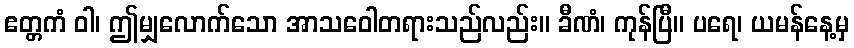
ဧတ္တကံ ဝါ၊ ဤမျှလောက်သော အာသဝေါတရားသည်လည်း။ ခီဏံ၊ ကုန်ပြီ။ ပရေ၊ ယမန်နေ့မှ